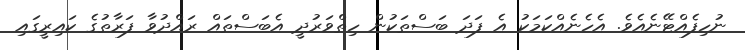
ނުހިފެއްޓޭނެއެވެ. އެހެނެއްކަމަކު އެ ފަދަ ބަސްތަކުން ހިތްވަރުދީ އެބަސްތައް ރައްދުވާ ފަރާތުގެ ކައިރީގައި